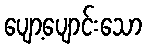
ပျော့ပျောင်းသော